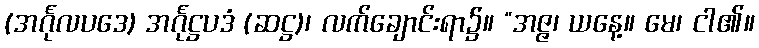
(အင်္ဂုလပဒေ) အင်္ဂုဋ္ဌပဒံ (ဆဋ္ဌ)၊ လက်ချောင်းရာ၌။ “အဇ္ဇ၊ ယနေ့။ မေ၊ ငါ၏။